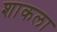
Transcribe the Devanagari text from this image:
शाकला